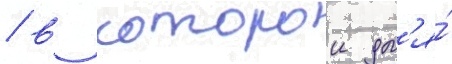
/ в которои дл'я́